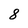
Character: 8